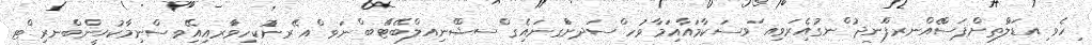
ިހެވ ިއޑަލްުތށްޕަސްޭއްނރފަްނދު ްނގުއެިރަވިއ ަވސަކާމައާއިަމާވުހ ްސަދށްަގނައިެގ ްސޝްްނިއލްބޭޓްޭބ ްނަވ ްއ ޭރނުޮކހިވަާރއިއޭިވސްނިމާކުޙީންްބްނރި ްޓ